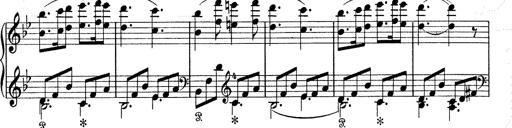
Title: 6 Polish Songs
Composer: Franz Liszt